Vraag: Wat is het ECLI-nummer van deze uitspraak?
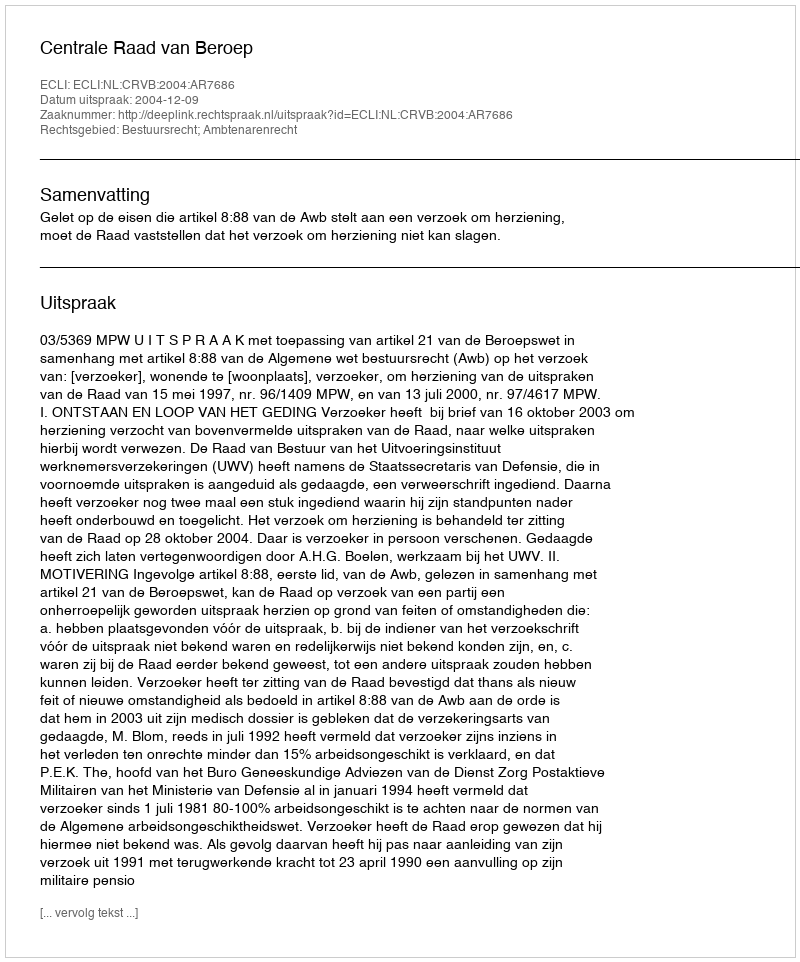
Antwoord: ECLI:NL:CRVB:2004:AR7686